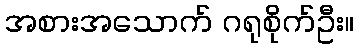
အစားအသောက် ဂရုစိုက်ဦး။